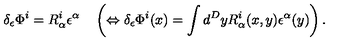
\delta _ { \epsilon } \Phi ^ { i } = R _ { \alpha } ^ { i } \epsilon ^ { \alpha } \quad \left( \Leftrightarrow \delta _ { \epsilon } \Phi ^ { i } ( x ) = \int d ^ { D } y R _ { \alpha } ^ { i } ( x , y ) \epsilon ^ { \alpha } ( y ) \right) .